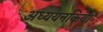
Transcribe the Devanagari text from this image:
अध्ययनकिया